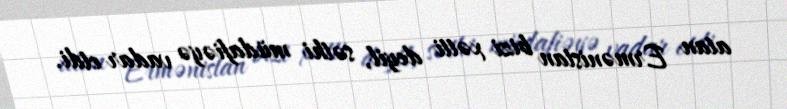
atan Ermənistan bizi xətti deyil, səthi müdafiəyə vadar etdi.